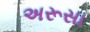
અરૂસા